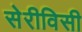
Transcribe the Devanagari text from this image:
सेरीविसी